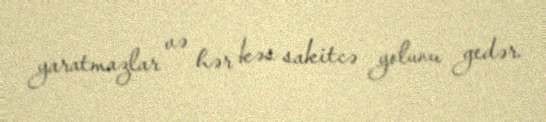
yaratmazlar və hər kəs sakitcə yolunu gedər.